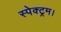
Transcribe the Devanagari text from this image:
स्पेक्ट्रम।